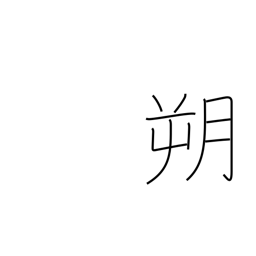
Meaning: north